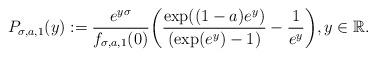
LaTeX: \begin{align*}P_{\sigma, a, 1} (y) := \frac{e^{y\sigma}}{f_{\sigma, a, 1} (0)}\biggl( \frac{\exp ( (1-a) e^{y})}{(\exp (e^{y})-1)} - \frac{1}{e^{y}} \biggr), y \in {\mathbb{R}}.\end{align*}